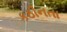
કઠીનતા